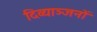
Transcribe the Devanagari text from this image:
दिव्याञ्जनों